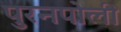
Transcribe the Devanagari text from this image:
पुरनपोली